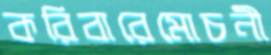
করিবারেমোচনী